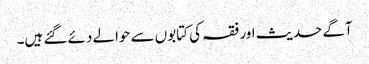
آگے حدیث اور فقہ کی کتابوں سے حوالے دئے گئے ہیں۔